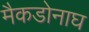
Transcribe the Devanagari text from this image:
मैकडोनाघ